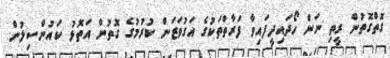
ގޮތްގޮތުން ރީތި ނަން ހޯދައިދީފައިވާ ފަރާތްތަކުގެ އަގުވަޒަން ކުރުމުގެ ގޮތުން އަތޮޅު ކައުންސިލުން